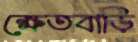
ক্ষেতবাড়ি